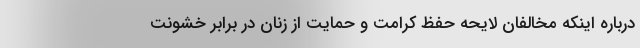
درباره اینکه مخالفان لایحه حفظ کرامت و حمایت از زنان در برابر خشونت